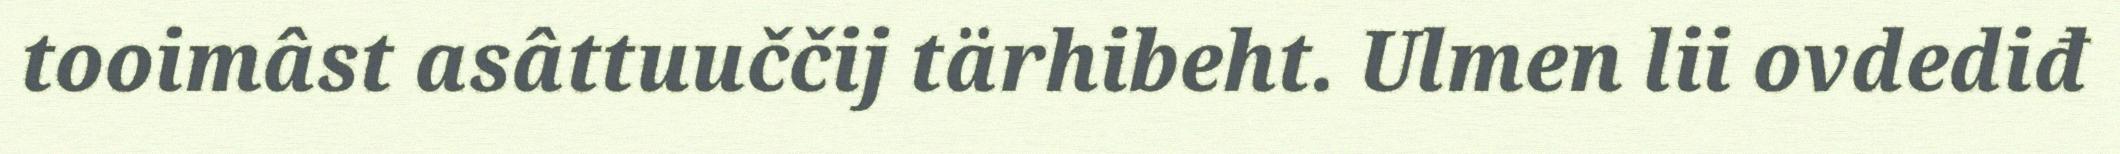
tooimâst asâttuuččij tärhibeht. Ulmen lii ovdediđ